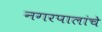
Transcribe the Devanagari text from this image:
नगरपालांचे